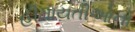
હીમાયતીઓનો